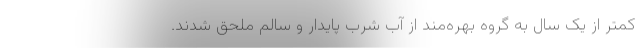
کمتر از یک سال به گروه بهره‌مند از آب شرب پایدار و سالم ملحق شدند.